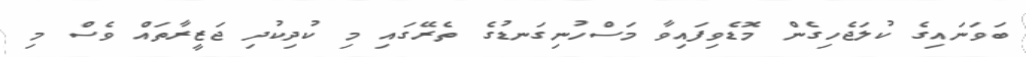
ބަވަނައިގެ ކުލަޖެހިގެން މޮޑެވިފައިވާ މަސްހުނިގަނޑުގެ ތެރޭގައި މި ކުދިކުދި ޖަޒީރާތައް ވެސް މި